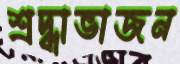
শ্রদ্ধাভাজন